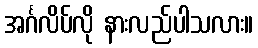
အင်္ဂလိပ်လို နားလည်ပါသလား။